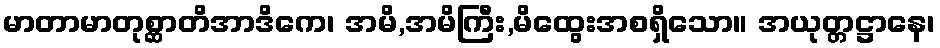
မာတာမာတုစ္ဆာတိအာဒိကေ၊ အမိ,အမိကြီး,မိထွေးအစရှိသော။ အယုတ္တဋ္ဌာနေ၊